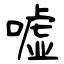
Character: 嘘